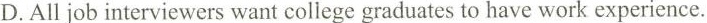
D.All job interviewers want college graduates to have work experience.